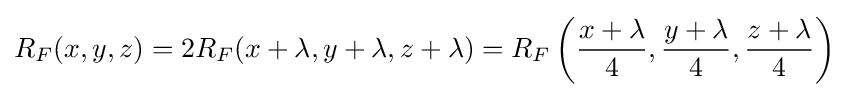
R_{F}(x,y,z)=2R_{F}(x+\lambda ,y+\lambda ,z+\lambda )=R_{F}\left({\frac {x+\lambda }{4}},{\frac {y+\lambda }{4}},{\frac {z+\lambda }{4}}\right)